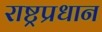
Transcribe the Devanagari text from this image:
राष्ट्रप्रधान